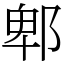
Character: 郫